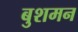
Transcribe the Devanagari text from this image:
बुशमन